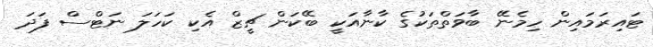
ޓައިރަމައިން ހިމެނޭ ބާވަތްތަކުގެ ކާނާއަކީ ބޭކަން ޗީޒް އެކި ކަހަލަ ނަޓްސް ފަދަ